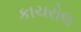
કાચરોલ